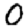
Digit: 0